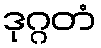
ဒုဂ္ဂတံ